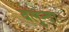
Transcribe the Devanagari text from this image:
बलुन्दा